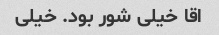
اقا خیلی شور بود. خیلی